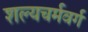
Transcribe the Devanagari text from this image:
शल्यचर्मवर्ग